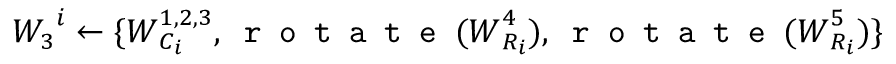
\boldsymbol { W _ { 3 } } ^ { i } \leftarrow \{ \boldsymbol { W } _ { C _ { i } } ^ { 1 , 2 , 3 } , \texttt { r o t a t e } ( \boldsymbol { W } _ { R _ { i } } ^ { 4 } ) , \texttt { r o t a t e } ( \boldsymbol { W } _ { R _ { i } } ^ { 5 } ) \}